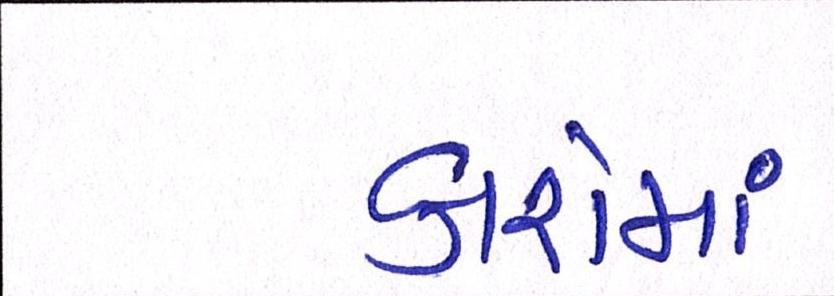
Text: કારોમાં